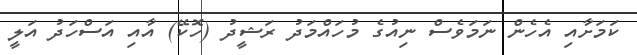
ކަމަށާއި އެހެން ނަމަވެސް ނިއުގެ މުހައްމަދު ރަޝީދު (ހޮކޭ) އާއި އަސްހަދު އަލީ